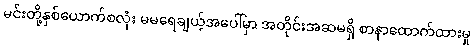
မင်းတို့နှစ်ယောက်စလုံး မမရေချယ့်အပေါ်မှာ အတိုင်းအဆမရှိ စာနာထောက်ထားမှု